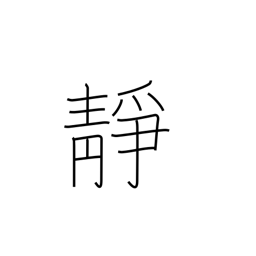
Meaning: quiet